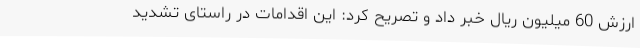
ارزش 60 میلیون ریال خبر داد و تصریح کرد: این اقدامات در راستای تشدید